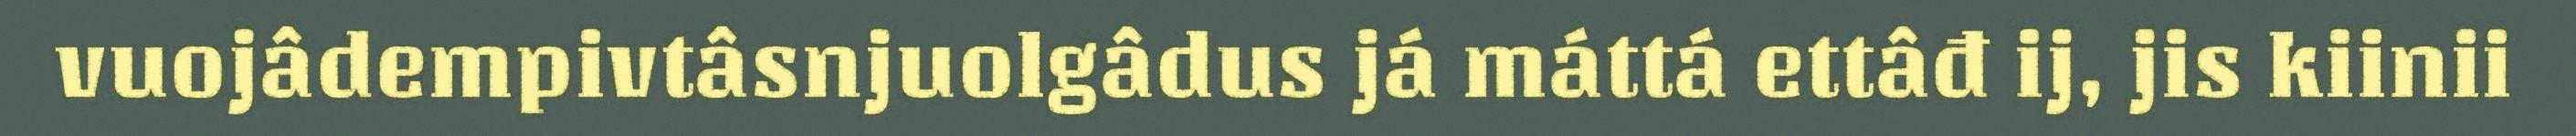
vuojâdempivtâsnjuolgâdus já máttá ettâđ ij, jis kiinii